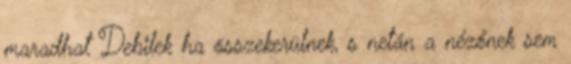
maradhat Debilek ha összekerülnek, s netán a nézőnek sem